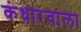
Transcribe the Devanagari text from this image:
कंधारवाला